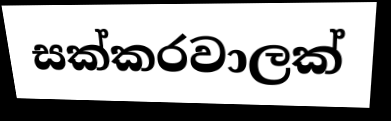
සක්කරවාලක්